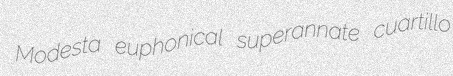
Modesta euphonical superannate cuartillo